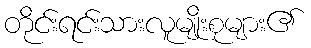
တိုင်းရင်းသားလူမျိုးစုများ၏